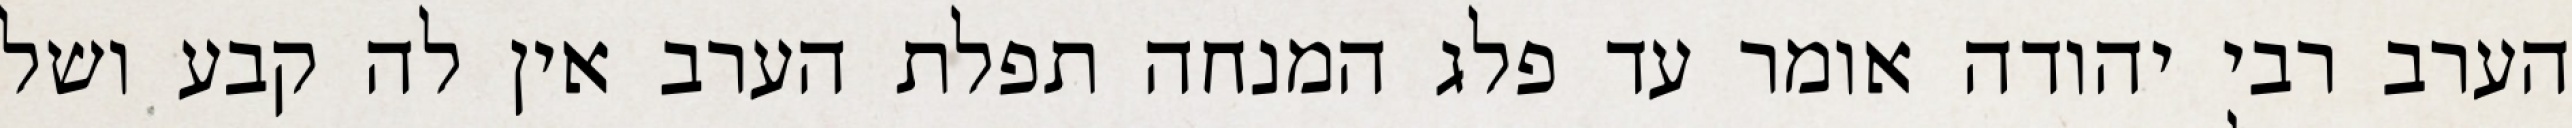
הערב רבי יהודה אומר עד פלג המנחה תפלת הערב אין לה קבע ושל